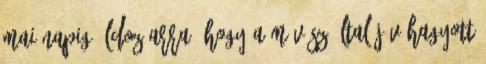
mai napig áldoz arra, hogy a művész által jóváhagyott